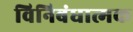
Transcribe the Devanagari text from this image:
विनिबंधात्मक